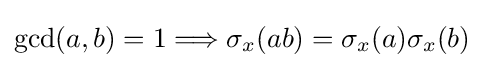
\gcd(a,b)=1\Longrightarrow \sigma _{x}(ab)=\sigma _{x}(a)\sigma _{x}(b)